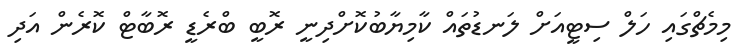
މިމެޗްގައި ހަލް ސިޓީއަށް ލަނޑުތައް ކާމިޔާބުކޮށްދިނީ ރޮބީ ބްރެޑީ ރޮބާޓް ކޮރެން އަދި